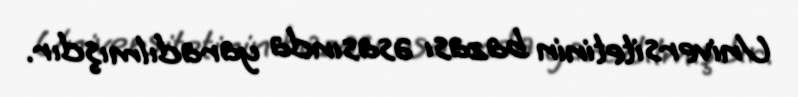
Universitetinin bazası əsasında yaradılmışdır.